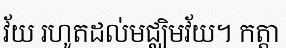
វ័យ រហូតដល់មជ្ឈិមវ័យ។ កត្តា